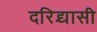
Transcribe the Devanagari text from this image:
दरिद्र्यासी